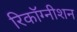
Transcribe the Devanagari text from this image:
रिकाॅग्नीशन